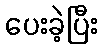
ပေးခဲ့ပြီး